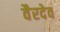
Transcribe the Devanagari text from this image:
वैरदेव